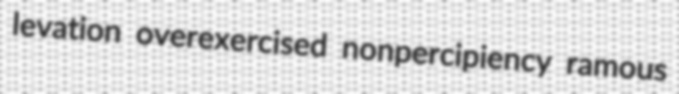
levation overexercised nonpercipiency ramous